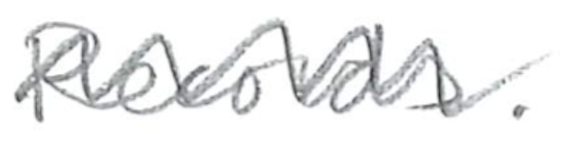
Text: Records.
Cross-out: wave
Writing tool: pencil